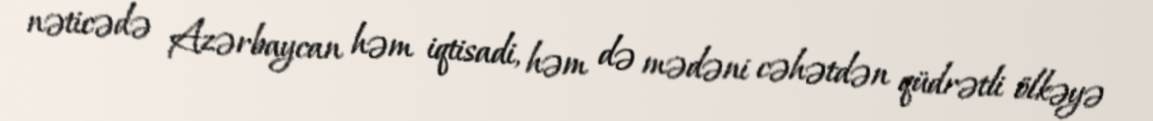
nəticədə Azərbaycan həm iqtisadi, həm də mədəni cəhətdən qüdrətli ölkəyə